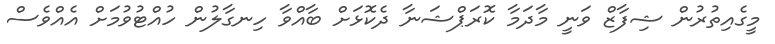
މީގެއިތުރުން ޝިފާޒް ވަނީ މާދަމާ ކޮރަޕްޝަނާ ދެކޮޅަށް ބާއްވާ ހިނގާލުން ހުއްޓުވުމަށް އެއްވެސް